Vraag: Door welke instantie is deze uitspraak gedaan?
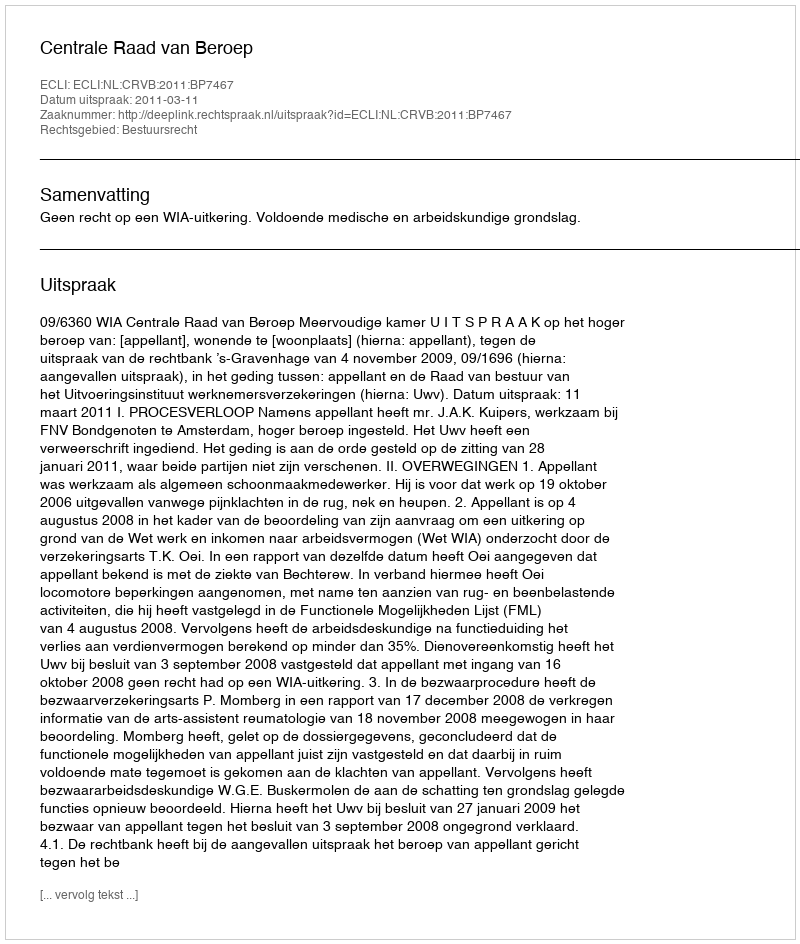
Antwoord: Centrale Raad van Beroep